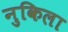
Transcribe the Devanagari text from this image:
नुकिला